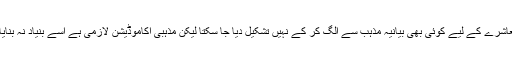
مسلم معاشرے کے لیے کوئی بھی بیانیہ مذہب سے الگ کر کے نہیں تشکیل دیا جا سکتا لیکن مذہبی اکاموڈیشن لازمی ہے اسے بنیاد نہ بنایا جائے۔